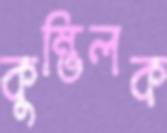
কুম্ভিলক